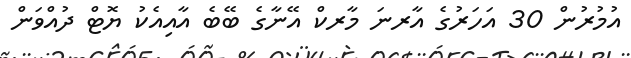
އުމުރުން 30 އަހަރުގެ އާރނަ މާރކް އޭނާގެ ބޭބެ އާއިއެކު ޔޮޓް ދުއްވަން